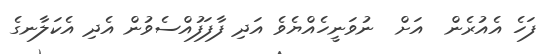
ފަހެ އެއުރެން  އަށް  ނުވަނީހެއްޔެވެ އަދި ފާފަފުއްސެވުން އެދި އެކަލާނގެ